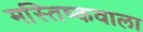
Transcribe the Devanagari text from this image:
मस्तिष्कवाला